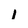
Character: 1